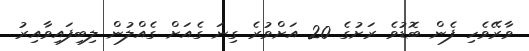
ވާރޭވެހި ފެން ބޮޑުވެ ރަށުގެ 20 އަށްވުރެ ގިނަ ގެއަށް ގެއްލުން ލިބިފައިވާއިރު